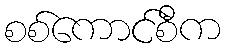
စစ်ကောင်စီက